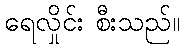
ရေလှိုင်း စီးသည်။